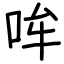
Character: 哞